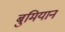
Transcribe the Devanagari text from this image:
बुमियान